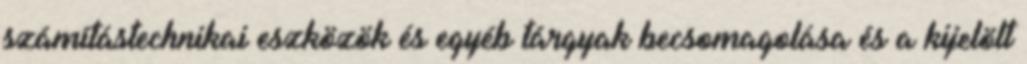
számítástechnikai eszközök és egyéb tárgyak becsomagolása és a kijelölt